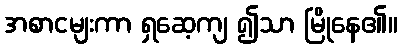
အစာငမျးကာ ရှဆေ့ကျ ၍သာ မြိုနေ၏။